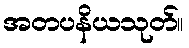
အတပနိယသုတ်။